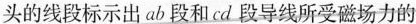
头的线段标示出ab段和cd段导线所受磁场力的